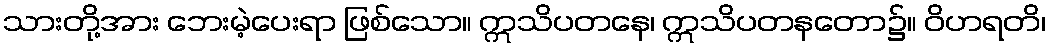
သားတို့အား ဘေးမဲ့ပေးရာ ဖြစ်သော။ ဣသိပတနေ၊ ဣသိပတနတော၌။ ဝိဟရတိ၊